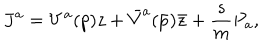
J ^ { a } = V ^ { a } ( p ) z + { \bar { V } } ^ { a } ( { \bar { p } } ) { \bar { z } } + \frac { s } { m } P _ { a } ,